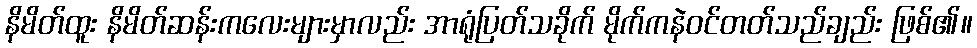
နိမိတ်ထူး နိမိတ်ဆန်းကလေးများမှာလည်း အာရုံပြတ်သခိုက် မိုက်ကနဲဝင်တတ်သည်ချည်း ဖြစ်၏။